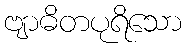
ဗျာဓိတပုရိသော